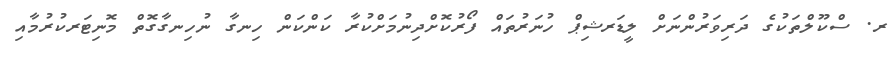
ރ. ސްކޫލްތަކުގެ ދަރިވަރުންނަށް ލީޑަރޝިޕް ހުނަރުތައް ފޯރުކޮށްދިނުމަށްކުރާ ކަންކަން ހިނގާ ނުހިނގާގޮތް މޮނިޓަރކުރުމާއި